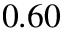
0 . 6 0